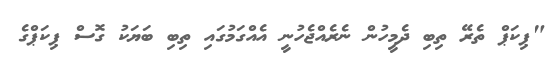
"ޕިކަޕް ތެރޭ ތިބި ދެމީހުން ނެރެއްޖެހުނީ އެއްގަމުގައި ތިބި ބަޔަކު ގޮސް ޕިކަޕްގެ